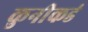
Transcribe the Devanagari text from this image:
कुनीकडं